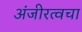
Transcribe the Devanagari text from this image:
अंजीरत्वचा